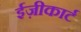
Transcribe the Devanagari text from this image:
ईज़ीकार्ट